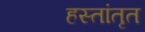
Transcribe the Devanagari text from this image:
हस्तांतृत